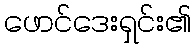
ဖောင်ဒေးရှင်း၏